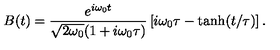
B ( t ) = \frac { { e } ^ { i \omega _ { 0 } t } } { \sqrt { 2 \omega _ { 0 } } ( 1 + i \omega _ { 0 } \tau ) } \left[ i \omega _ { 0 } \tau - \tanh ( t / \tau ) \right] .